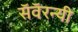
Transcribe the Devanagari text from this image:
सॅवॅरन्यी